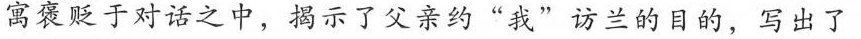
褒贬败于对话之中，揭示了父亲约“我”访兰的目的，写出了